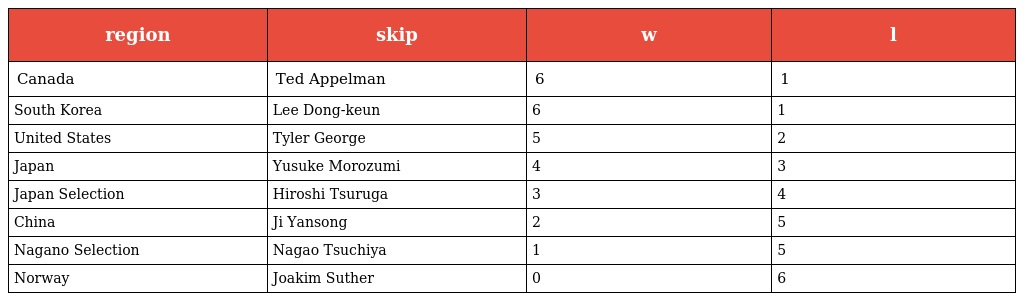
| region | skip | w | l |
 | --- | --- | --- | --- |
 | Canada | Ted Appelman | 6 | 1 |
 | South Korea | Lee Dong-keun | 6 | 1 |
 | United States | Tyler George | 5 | 2 |
 | Japan | Yusuke Morozumi | 4 | 3 |
 | Japan Selection | Hiroshi Tsuruga | 3 | 4 |
 | China | Ji Yansong | 2 | 5 |
 | Nagano Selection | Nagao Tsuchiya | 1 | 5 |
 | Norway | Joakim Suther | 0 | 6 |